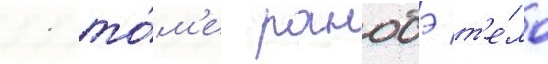
11 то́м'е ранобэ т'е́ло